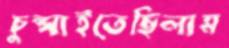
চুপ্‌সাইতেছিলাম